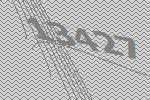
13427